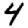
Digit: 4